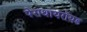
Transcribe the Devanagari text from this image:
पेराथायरॉयड